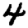
Digit: 4